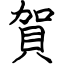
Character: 賀